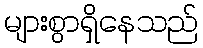
များစွာရှိနေသည်